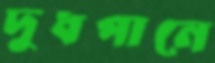
দুধপানে